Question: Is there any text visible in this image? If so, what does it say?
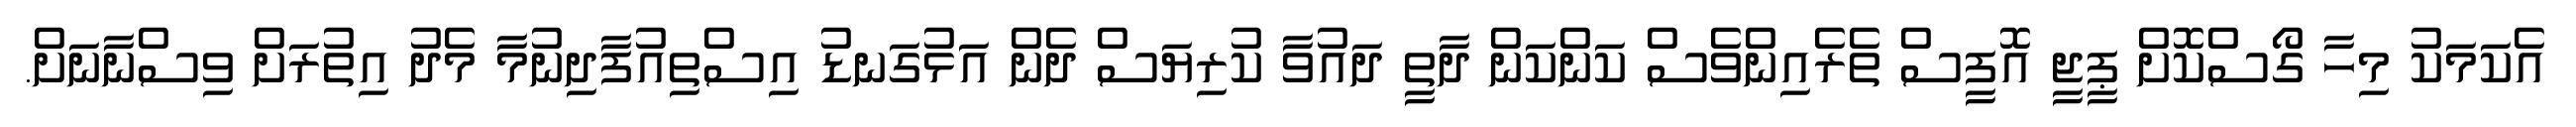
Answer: އެކަމަކު މިހާ ގޯސްކޮށް ޕީޖީ އޮފީސް ތެރެއިންވެސް ކަންކަން ދާތީ ދައުވާ ކުރިޔަސް ދެން އަޅުގަނޑު އިސްތިއުފާދިނުމާ މެދު އިތުރަށް ވިސްނާނަށް.